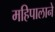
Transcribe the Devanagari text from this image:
महिपालाने